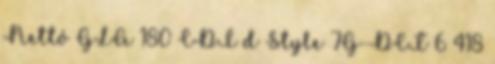
Nettó GLA 180 CDI d Style 7G-DCT 6 418